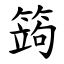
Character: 䈮